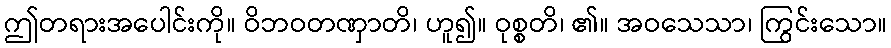
ဤတရားအပေါင်းကို။ ဝိဘဝတဏှာတိ၊ ဟူ၍။ ဝုစ္စတိ၊ ၏။ အဝသေသာ၊ ကြွင်းသော။